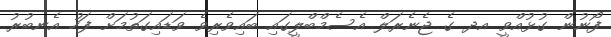
ފޯނުން ގުޅުއްވީ އދ ގެ ޖެނެރަލް އެސެމްބްލީގައި ބައިވެރިވެ ވަޑައިގަތުމަށް ފަހު އެނބުރު